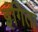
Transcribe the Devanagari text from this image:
इंगिता